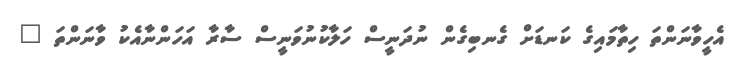
އެހީވާނަންތަ ހިތާމައިގެ ކަނޑަށް ގެނބިގެން ނުދަނީސް ހަލާކުނުވަނީސް ސާރާ އަހަންނާއެކު ވާނަންތަ "